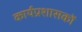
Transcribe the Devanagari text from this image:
कार्यप्रशासकों